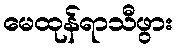
မေထုန်ရာသီဖွား